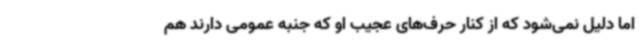
اما دلیل نمی‌شود که از کنار حرف‌های عجیب او که جنبه عمومی دارند هم